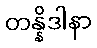
တန္နိဒါနာ